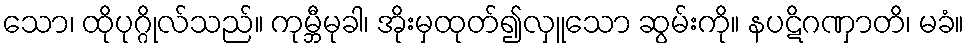
သော၊ ထိုပုဂ္ဂိုလ်သည်။ ကုမ္ဘီမုခါ၊ အိုးမှထုတ်၍လှူသော ဆွမ်းကို။ နပဋိဂဏှာတိ၊ မခံ။